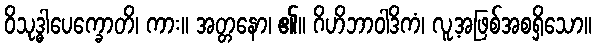
ဝိသုဒ္ဓါပေက္ခောတိ၊ ကား။ အတ္တနော၊ ၏။ ဂိဟိဘာဝါဒိကံ၊ လူ့အဖြစ်အစရှိသော။